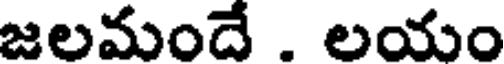
జలమందే . లయం